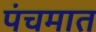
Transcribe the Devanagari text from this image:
पंचमात